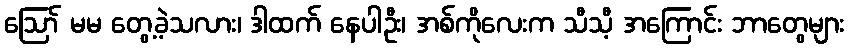
ဪ မမ တွေ့ခဲ့သလား၊ ဒါထက် နေပါဦး၊ အစ်ကိုလေးက သီသီ့ အကြောင်း ဘာတွေများ